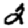
Digit: 2